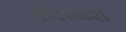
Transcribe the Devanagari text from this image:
एंटिववेरी